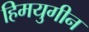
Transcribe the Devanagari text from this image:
हिमयुगीन